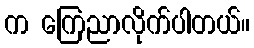
က ကြေညာလိုက်ပါတယ်။